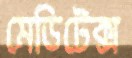
মেডিটেক্স